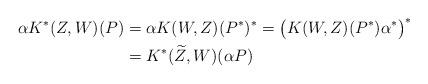
LaTeX: \begin{align*}\alpha K^*(Z, W)(P) & = \alpha K(W,Z)(P^*)^* = \big( K(W,Z)(P^*) \alpha^* \big)^* \\& = K^*(\widetilde Z, W)(\alpha P) \end{align*}